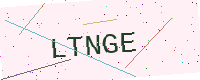
Text: LTNGE